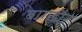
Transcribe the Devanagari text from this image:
बागडौर